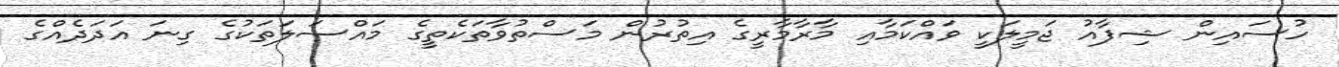
ހުސައިން ޝިފާއު ޖަމީލަކީ ވައްކަމާއި މާރާމާރީގެ އިތުރުން މަސްތުވާތަކެތީގެ މައްސަލަތަކުގެ ގިނަ އަދަދެއްގެ